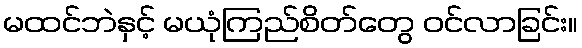
မထင်ဘဲနှင့် မယုံကြည်စိတ်တွေ ဝင်လာခြင်း။